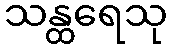
သန္ထရေသု